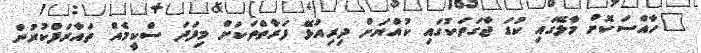
"ހާއްސަކޮށް މާލޭގައި ކުޑަ ޖާގަތަކުގައި ކުއްޔަށް ދިރިއުޅޭ ފަރާތްތަކަށް މިފަދަ ސްކީމެއް ތައާރަފްކުރުން